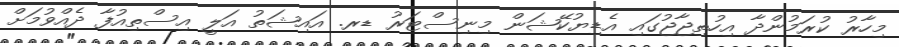
މިހާރު ކުރަމުންދާ އިހުތިޖާޖުގައި އެޑިޔުކޭޝަން މިނިސްޓަރު ޑރ. އައިޝަތު އަލީ އިސްތިއުފާ ދެއްވުމަށް